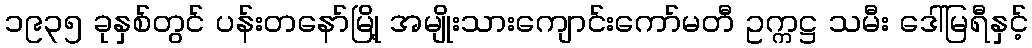
၁၉၃၅ ခုနှစ်တွင် ပန်းတနော်မြို့ အမျိုးသားကျောင်းကော်မတီ ဥက္ကဋ္ဌ သမီး ဒေါ်မြရီနှင့်